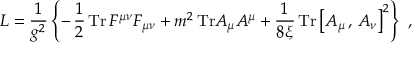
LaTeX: { \cal L } = \frac { 1 } { g ^ { 2 } } \left\{ - \, \frac { 1 } { 2 } \, \mathrm { T r } \, F ^ { \mu \nu } F _ { \mu \nu } + m ^ { 2 } \, \mathrm { T r } A _ { \mu } A ^ { \mu } + \frac { 1 } { 8 \xi } \, \mathrm { T r } \left[ A _ { \mu } \, , \, A _ { \nu } \right] ^ { 2 } \right\} \ ,